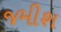
જમીશ